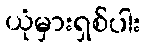
ယုံမှားရှစ်ပါး